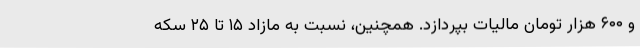
و ۶۰۰ هزار تومان مالیات بپردازد. همچنین، نسبت به مازاد ۱۵ تا ۲۵ سکه